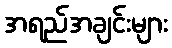
အရည်အချင်းများ